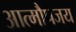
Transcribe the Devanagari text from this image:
आत्मौपजय